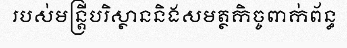
របស់មន្ត្រីបរិស្ថាននិងសមត្ថកិច្ចពាក់ព័ន្ធ